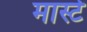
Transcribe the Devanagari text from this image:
मास्टे